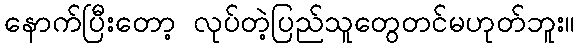
နောက်ပြီးတော့ လုပ်တဲ့ပြည်သူတွေတင်မဟုတ်ဘူး။